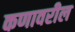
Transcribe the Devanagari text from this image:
कणावरील